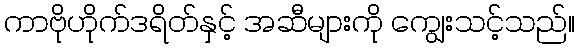
ကာဗိုဟိုက်ဒရိတ်နှင့် အဆီများကို ကျွေးသင့်သည်။